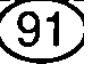
91